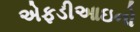
એફડીઆઇનો